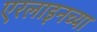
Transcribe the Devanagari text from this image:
एरलाइनच्या